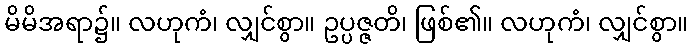
မိမိအရာ၌။ လဟုကံ၊ လျှင်စွာ။ ဥပ္ပဇ္ဇတိ၊ ဖြစ်၏။ လဟုကံ၊ လျှင်စွာ။